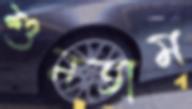
শুনতাম